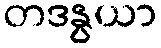
တဒနွယာ